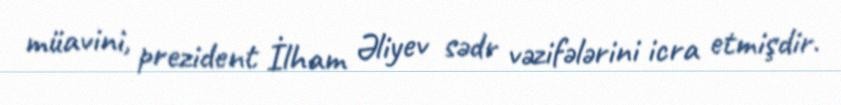
müavini, prezident İlham Əliyev sədr vəzifələrini icra etmişdir.